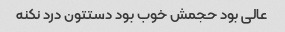
عالی بود حجمش خوب بود دستتون درد نکنه